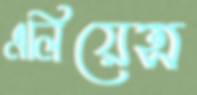
এলিয়েন্স